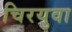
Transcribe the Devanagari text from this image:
चिरयुवा